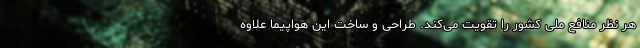
هر نظر منافع ملی کشور را تقویت می‌کند. طراحی و ساخت این هواپیما علاوه